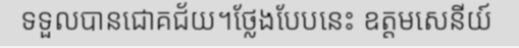
ទទួលបានជោគជ័យ។ថ្លែងបែបនេះ ឧត្តមសេនីយ៍